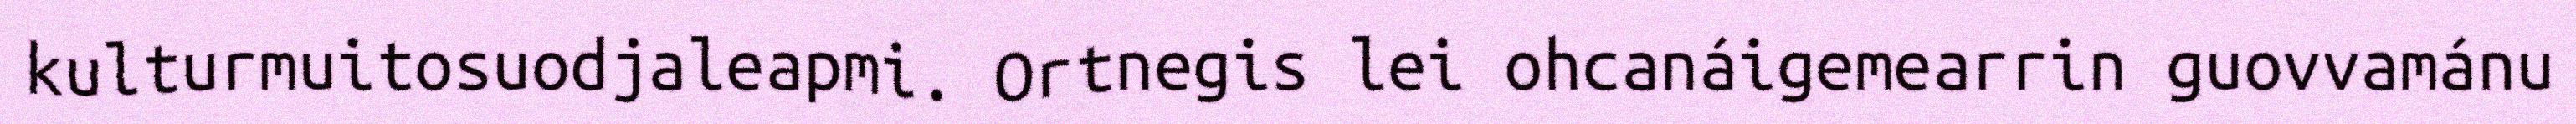
kulturmuitosuodjaleapmi. Ortnegis lei ohcanáigemearrin guovvamánu